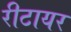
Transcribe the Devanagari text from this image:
रीटायर